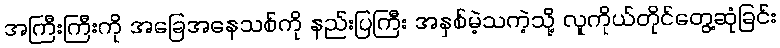
အကြီးကြီးကို အခြေအနေသစ်ကို နည်းပြကြီး အနှစ်မဲ့သကဲ့သို့ လူကိုယ်တိုင်တွေ့ဆုံခြင်း